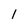
Character: l